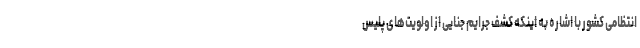
انتظامی کشور با اشاره به اینکه کشف جرایم جنایی از اولویت‌های پلیس